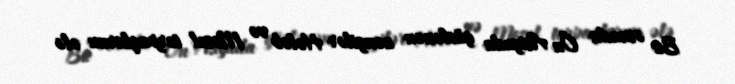
Bu əsnada Ön Asiyada güclənən zəngilər Hələb və Mosul torpaqlarını ələ